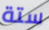
ستة